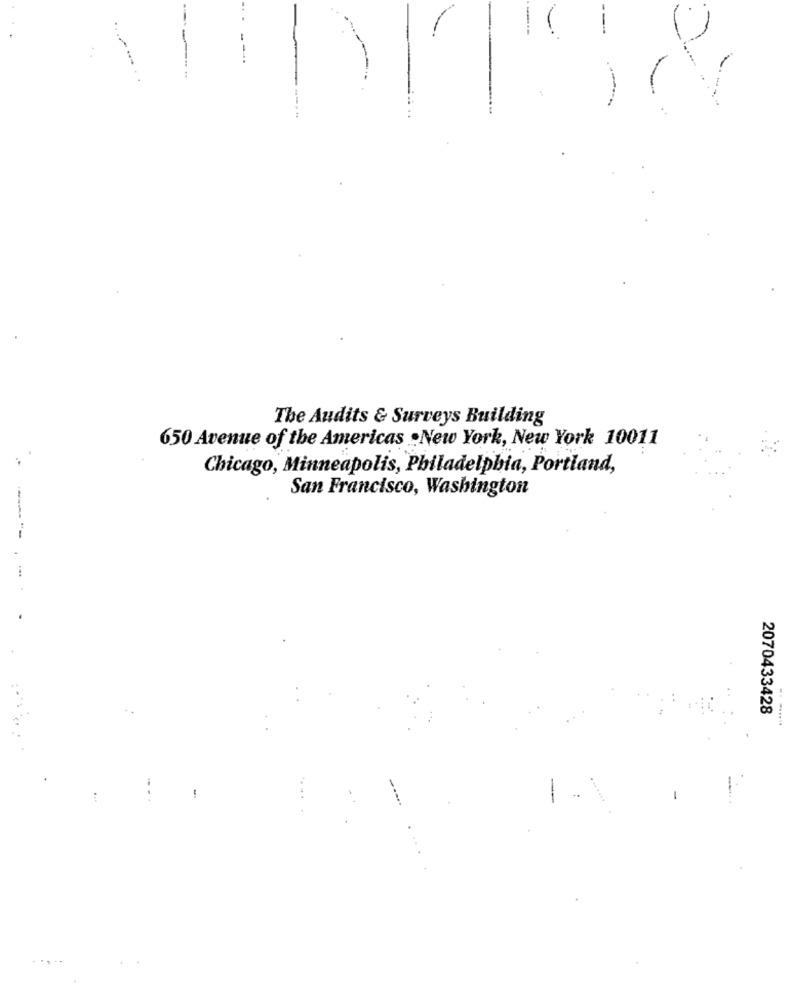
The Audits & Surveys Building
650 Avenue of the Americas .New York, New York 10011
Chicago, Minneapolis, Philadelphia, Portland,
San Francisco, Washington
--
2070433428